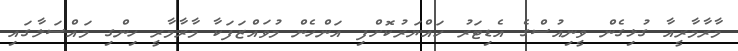
މާރާމާރީއާ ގުޅިގެން ވީނިއުސްގެ އެޑިޓަރު ހައްޔަރުކޮށްފި އަންހެން މުވައްޒަފަކާ މާރާމާރީ ހިންގި މައްސަލާގައި